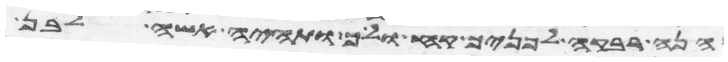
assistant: הנה רבקה לפניך קח ולך ותהי אשה לבן